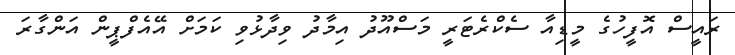
ރައީސް އޮފީހުގެ މީޑިއާ ސެކްރެޓަރީ މަސްއޫދު އިމާދު ވިދާޅުވި ކަމަށް އޭއެފްޕީން އަންގާރަ